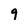
Character: q